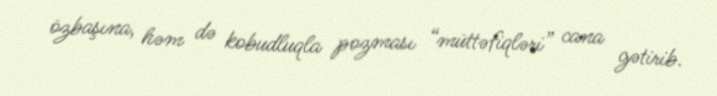
özbaşına, həm də kobudluqla pozması “müttəfiqləri” cana gətirib.